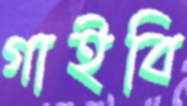
গাইবি